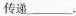
传递___。